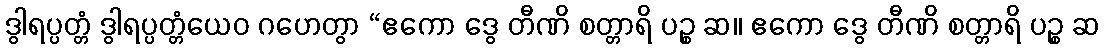
ဒွါရပ္ပတ္တံ ဒွါရပ္ပတ္တံယေဝ ဂဟေတွာ “ဧကော ဒွေ တီဏိ စတ္တာရိ ပဉ္စ ဆ။ ဧကော ဒွေ တီဏိ စတ္တာရိ ပဉ္စ ဆ